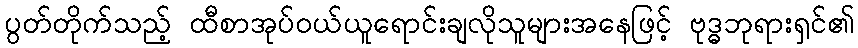
ပွတ်တိုက်သည့် ထီစာအုပ်ဝယ်ယူရောင်းချလိုသူများအနေဖြင့် ဗုဒ္ဓဘုရားရှင်၏